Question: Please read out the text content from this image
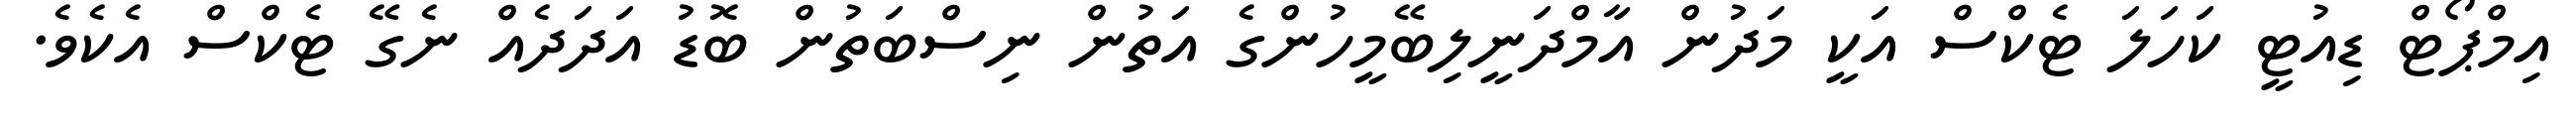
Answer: އިމްޕޯޓް ޑިއުޓީ ކަހަލަ ޓެކްސް އަކީ މަދުން އާމްދަނީލިބޭމީހުންގެ އަތުން ނިސްބަތުން ބޮޑު އަދަދެއް ނެގޭ ޓެކްސް އެކެވެ.